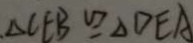
\Delta C E B \cong \Delta D E A